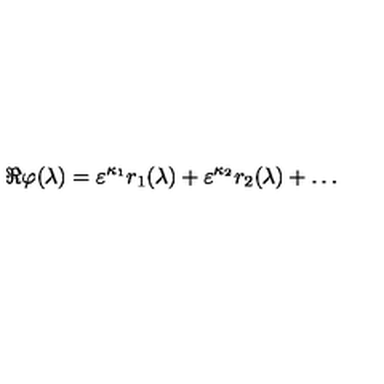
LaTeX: \Re \varphi ( \lambda ) = \varepsilon ^ { \kappa _ { 1 } } r _ { 1 } ( \lambda ) + \varepsilon ^ { \kappa _ { 2 } } r _ { 2 } ( \lambda ) + \ldots